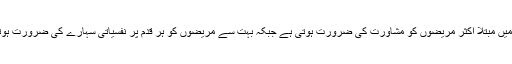
شوگر میں مبتلا اکثر مریضوں کو مشاورت کی ضرورت ہوتی ہے جبکہ بہت سے مریضوں کو ہر قدم پر نفسیاتی سہارے کی ضرورت ہوتی ہے۔